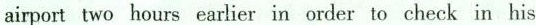
aiport two hours carlier in order to check in his